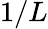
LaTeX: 1/L